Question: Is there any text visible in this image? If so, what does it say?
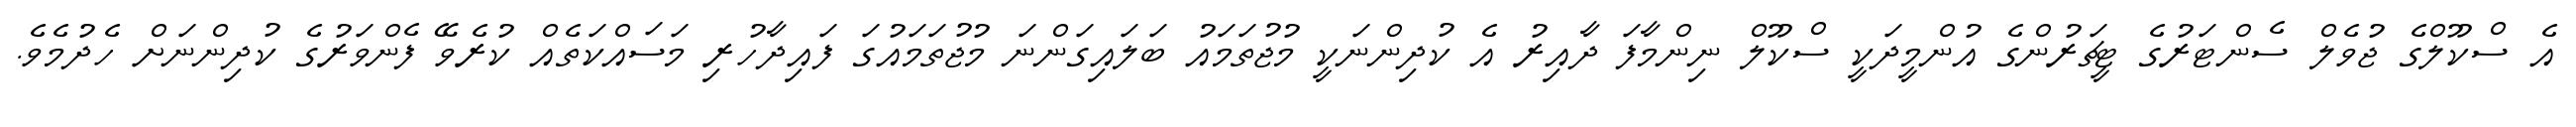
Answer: އެ ސްކޫލްގެ ޖުވެލް ސެންޓަރުގެ ޓީޗަރުންގެ އުންމީދަކީ ސްކޫލް ނިންމާފަ ދާއިރު އެ ކުދިންނަކީ މުޖުތަމައު ބަލައިގަންނަ މުޖުތަމައުގަ ފައިދާހުރި މަސައްކަތެއް ކުރެވޭ ފެންވަރުގެ ކުދިންނަށް ހެދުމެވެ.